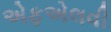
એફએલવી